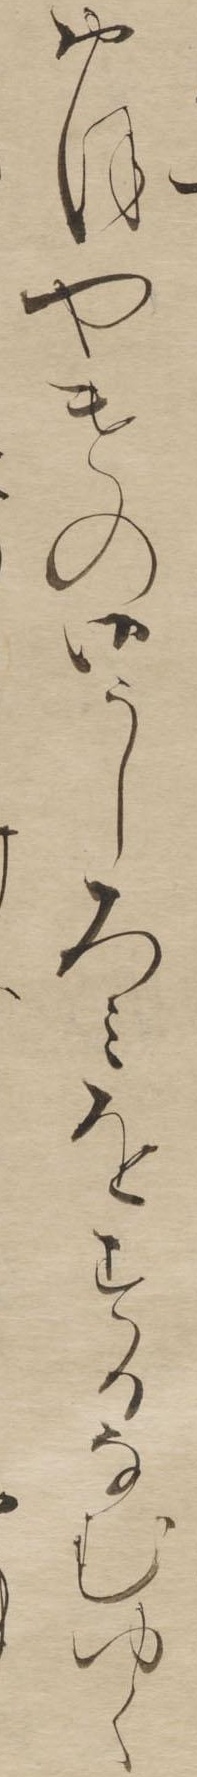
おほやけの御うしろみをするなむゆく